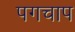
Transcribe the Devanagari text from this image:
पगचाप